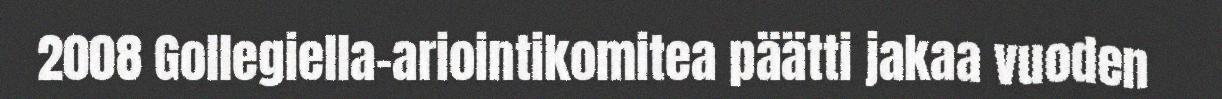
2008 Gollegiella-ariointikomitea päätti jakaa vuoden